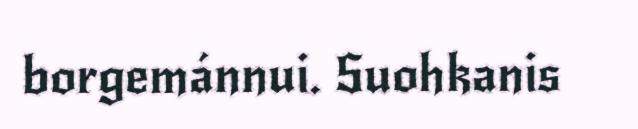
borgemánnui. Suohkanis